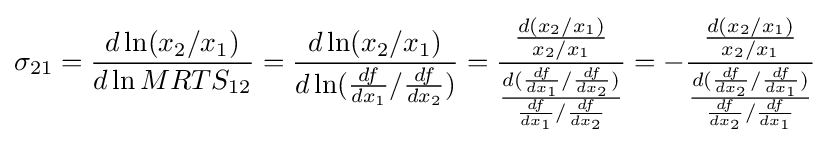
\sigma _{21}={\frac {d\ln(x_{2}/x_{1})}{d\ln MRTS_{12}}}={\frac {d\ln(x_{2}/x_{1})}{d\ln({\frac {df}{dx_{1}}}/{\frac {df}{dx_{2}}})}}={\frac {\frac {d(x_{2}/x_{1})}{x_{2}/x_{1}}}{\frac {d({\frac {df}{dx_{1}}}/{\frac {df}{dx_{2}}})}{{\frac {df}{dx_{1}}}/{\frac {df}{dx_{2}}}}}}=-{\frac {\frac {d(x_{2}/x_{1})}{x_{2}/x_{1}}}{\frac {d({\frac {df}{dx_{2}}}/{\frac {df}{dx_{1}}})}{{\frac {df}{dx_{2}}}/{\frac {df}{dx_{1}}}}}}